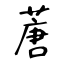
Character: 蓎